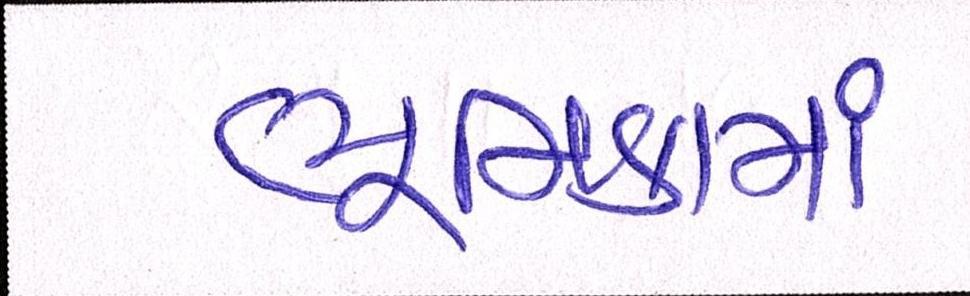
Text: ભૂમિકામાં